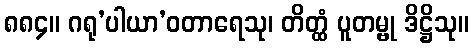
၈၈၄။ ဂရု’ပါယာ’ဝတာရေသု၊ တိတ္ထံ ပူတမ္ဗု ဒိဋ္ဌိသု။